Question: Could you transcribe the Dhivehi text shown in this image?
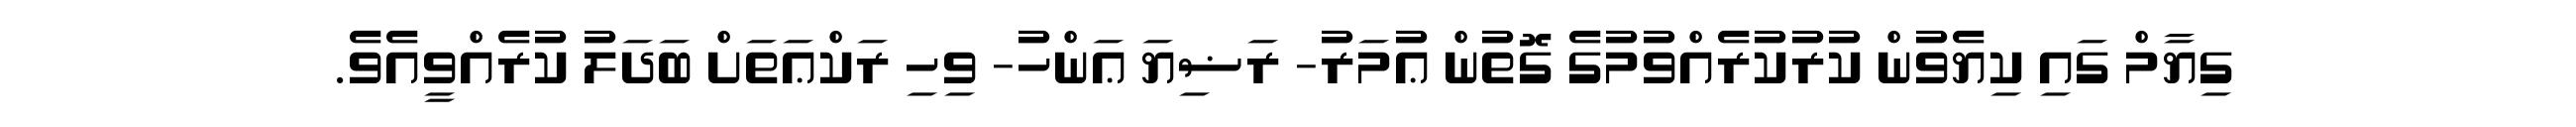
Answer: ގިޔާމް ގައި ކިޔެވުން ކުރުކުރެއްވުމުގެ ގޮތުން ޢުމަރު- ރަޟިޔަ ޢަންހު- ވިހި ރަކްޢަތަށް ބަދަލު ކުރެއްވީއެވެ.